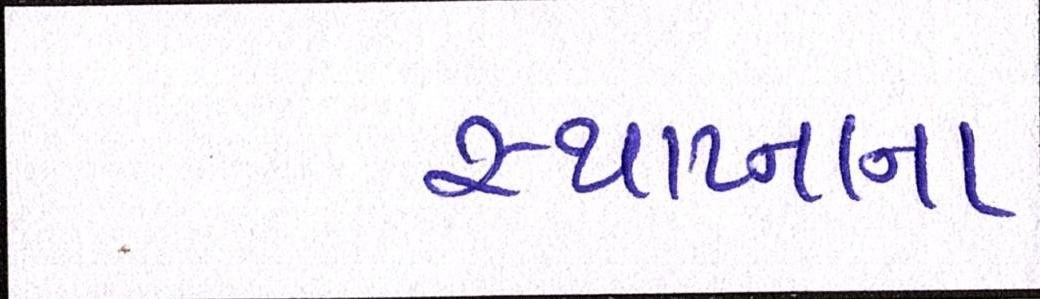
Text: સ્થાપ્નાના